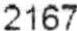
2167